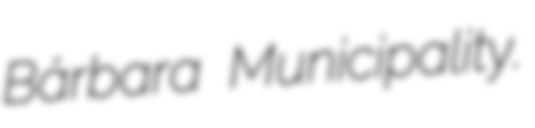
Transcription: Bárbara Municipality.